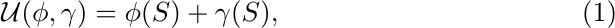
\begin{equation}
    \mathcal{U}(\phi, \gamma) = \phi(S) + \gamma(S),
\end{equation}